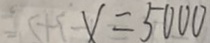
x = 5 0 0 0